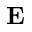
\mathbf { E }